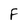
Character: F